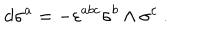
LaTeX: d \sigma ^ { a } = - \varepsilon ^ { a b c } \sigma ^ { b } \wedge \sigma ^ { c } ~ .